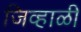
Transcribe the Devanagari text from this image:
जिव्हाळी